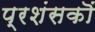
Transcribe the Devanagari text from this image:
प्रशंसकॊं